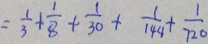
= \frac { 1 } { 3 } + \frac { 1 } { 8 } + \frac { 1 } { 3 0 } + \frac { 1 } { 1 4 4 } + \frac { 1 } { 7 2 0 }